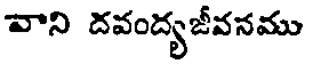
వాని దవంద్యజీవనము